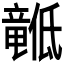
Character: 𬺙